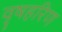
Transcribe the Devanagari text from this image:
वृषहरिण